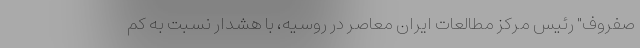
صفروف" رئیس مرکز مطالعات ایران معاصر در روسیه، با هشدار نسبت به کم